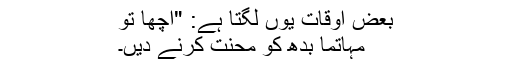
بعض اوقات یوں لگتا ہے: "اچھا تو
مہاتما بدھ کو محنت کرنے دیں۔